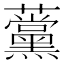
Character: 𧅗